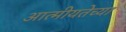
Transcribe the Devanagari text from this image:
आत्मीयतेच्या